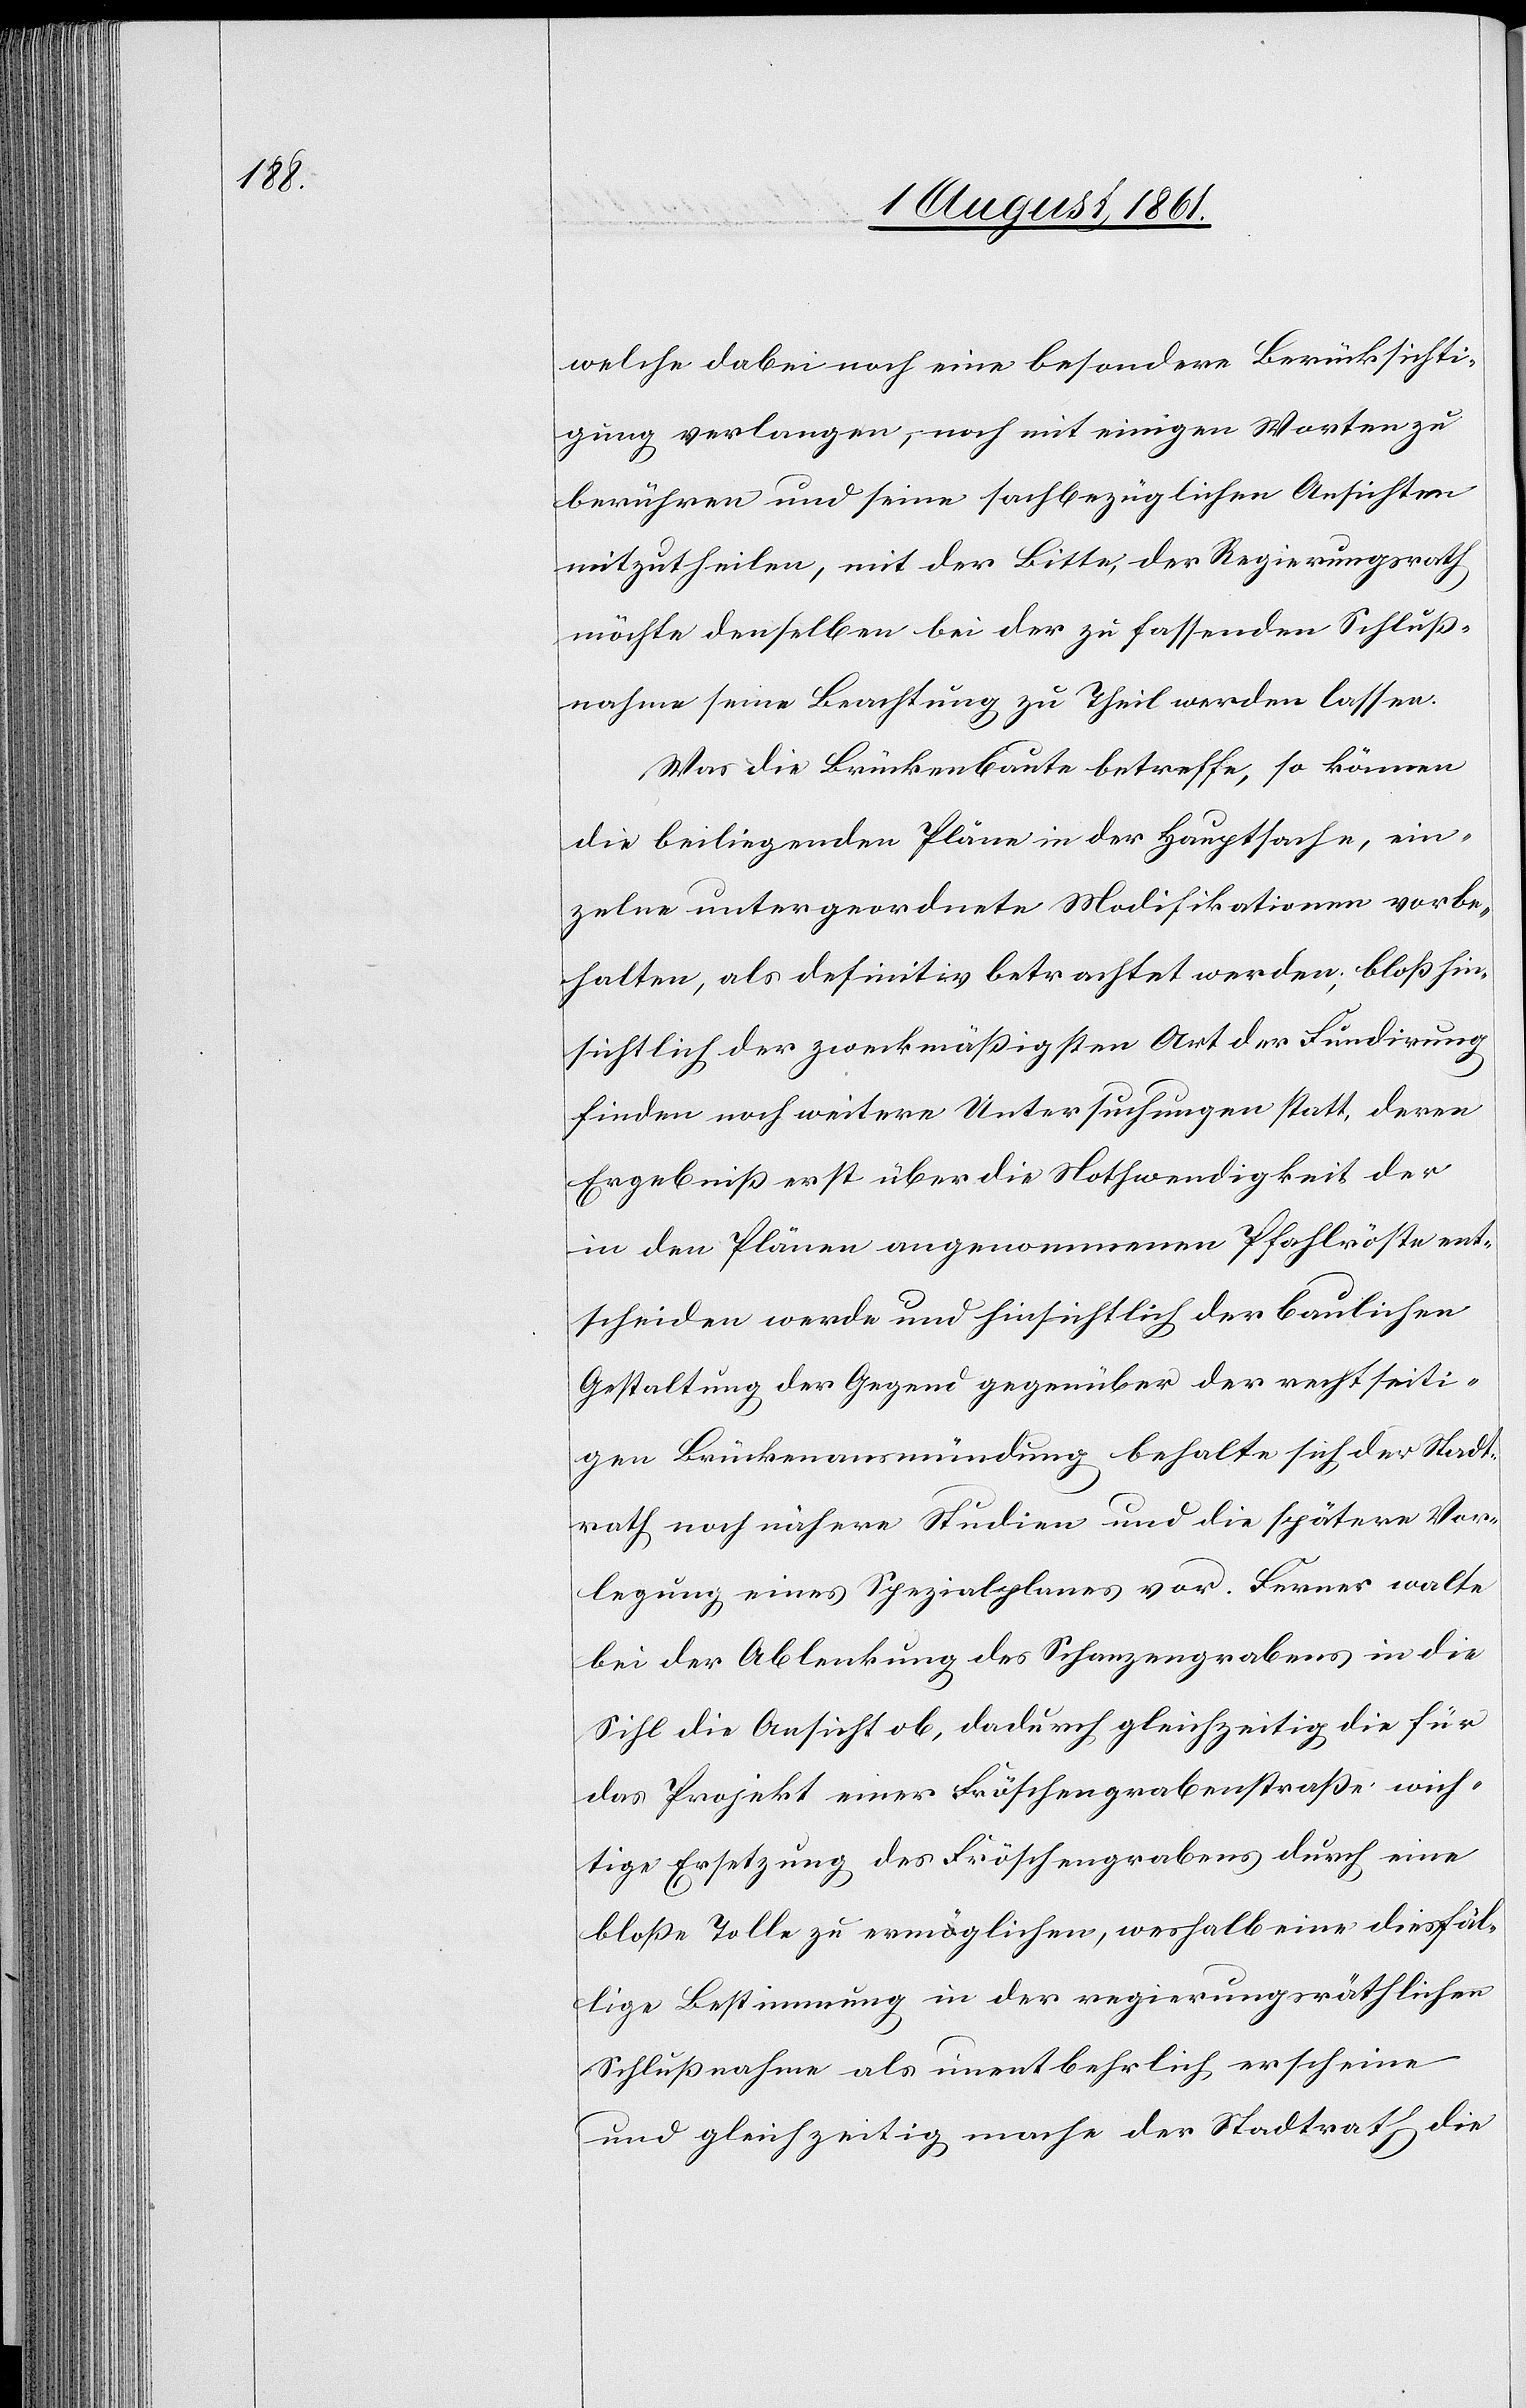
welche dabei noch eine besondere Berücksichti¬
gung verlangen, noch mit einigen Worten zu
berühren und seine sachbezüglichen Ansichten
mitzutheilen, mit der Bitte, der Regierungsrath
möchte denselben bei der zu fassenden Schluß¬
nahme seine Beachtung zu Theil werden lassen.
Was die Brückenbaute betreffe, so können
die beiliegenden Pläne in der Hauptsache, ein¬
zelne untergeordnete Modifikationen vorbe¬
halten, als definitiv betrachtet werden; bloß hin¬
sichtlich der zweckmäßigsten Art der Fundirung
finden noch weitere Untersuchungen statt, deren
Ergebniß erst über die Nothwendigkeit der
in den Plänen angenommenen Pfahlröste ent¬
scheiden werde und hinsichtlich der baulichen
Gestattung der Gegend gegenüber der rechtseiti¬
gen Brückenausmündung behalte sich der Stadt¬
rath noch nähere Studien und die spätere Vor¬
legung eines Spezialplanes vor. Ferner walte
bei der Ablenkung des Schanzengrabens in die
Sihl die Ansicht ob, dadurch gleichzeitig die für
das Projekt einer Fröschengrabenstraße wich¬
tige Ersetzung des Fröschengrabens durch eine
bloße Tolle zu ermöglichen, weshalb eine diesfäl¬
lige Bestimmung in der regierungsräthlichen
Schlußnahme als unentbehrlich erscheine
und gleichzeitig mache der Stadtrath die